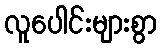
လူပေါင်းများစွာ